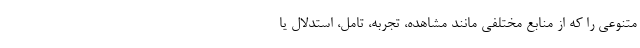
متنوعی را که از منابع مختلفی مانند مشاهده، تجربه، تامل، استدلال یا